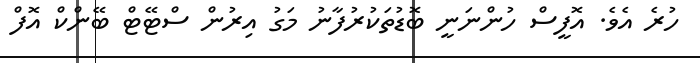
ހުރެ އެވެ. އޮފީސް ހުންނަނީ ބޮޑުތަކުރުފާނު މަގު އިރުން ސްޓޭޓް ބޭންކް އޮފް